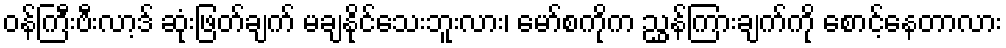
ဝန်ကြီးဗီးလာ့ဒ် ဆုံးဖြတ်ချက် မချနိုင်သေးဘူးလား၊ မော်စကိုက ညွှန်ကြားချက်ကို စောင့်နေတာလား